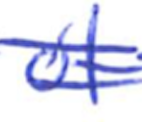
Text: of
Cross-out: double-line
Writing tool: ballpoint